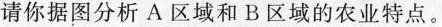
请你据图分析A区域和B区域的农业特点。